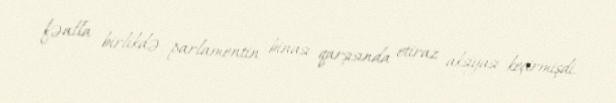
fəalla birlikdə parlamentin binası qarşısında etiraz aksiyası keçirmişdi.